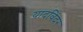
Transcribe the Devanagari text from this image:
यादविंदर